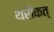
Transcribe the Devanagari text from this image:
थरीकत्